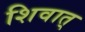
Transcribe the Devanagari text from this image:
शिवात्